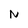
Character: N